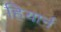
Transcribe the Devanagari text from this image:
हियार्न